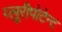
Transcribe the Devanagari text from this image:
प्लूरीपोटेन्ट